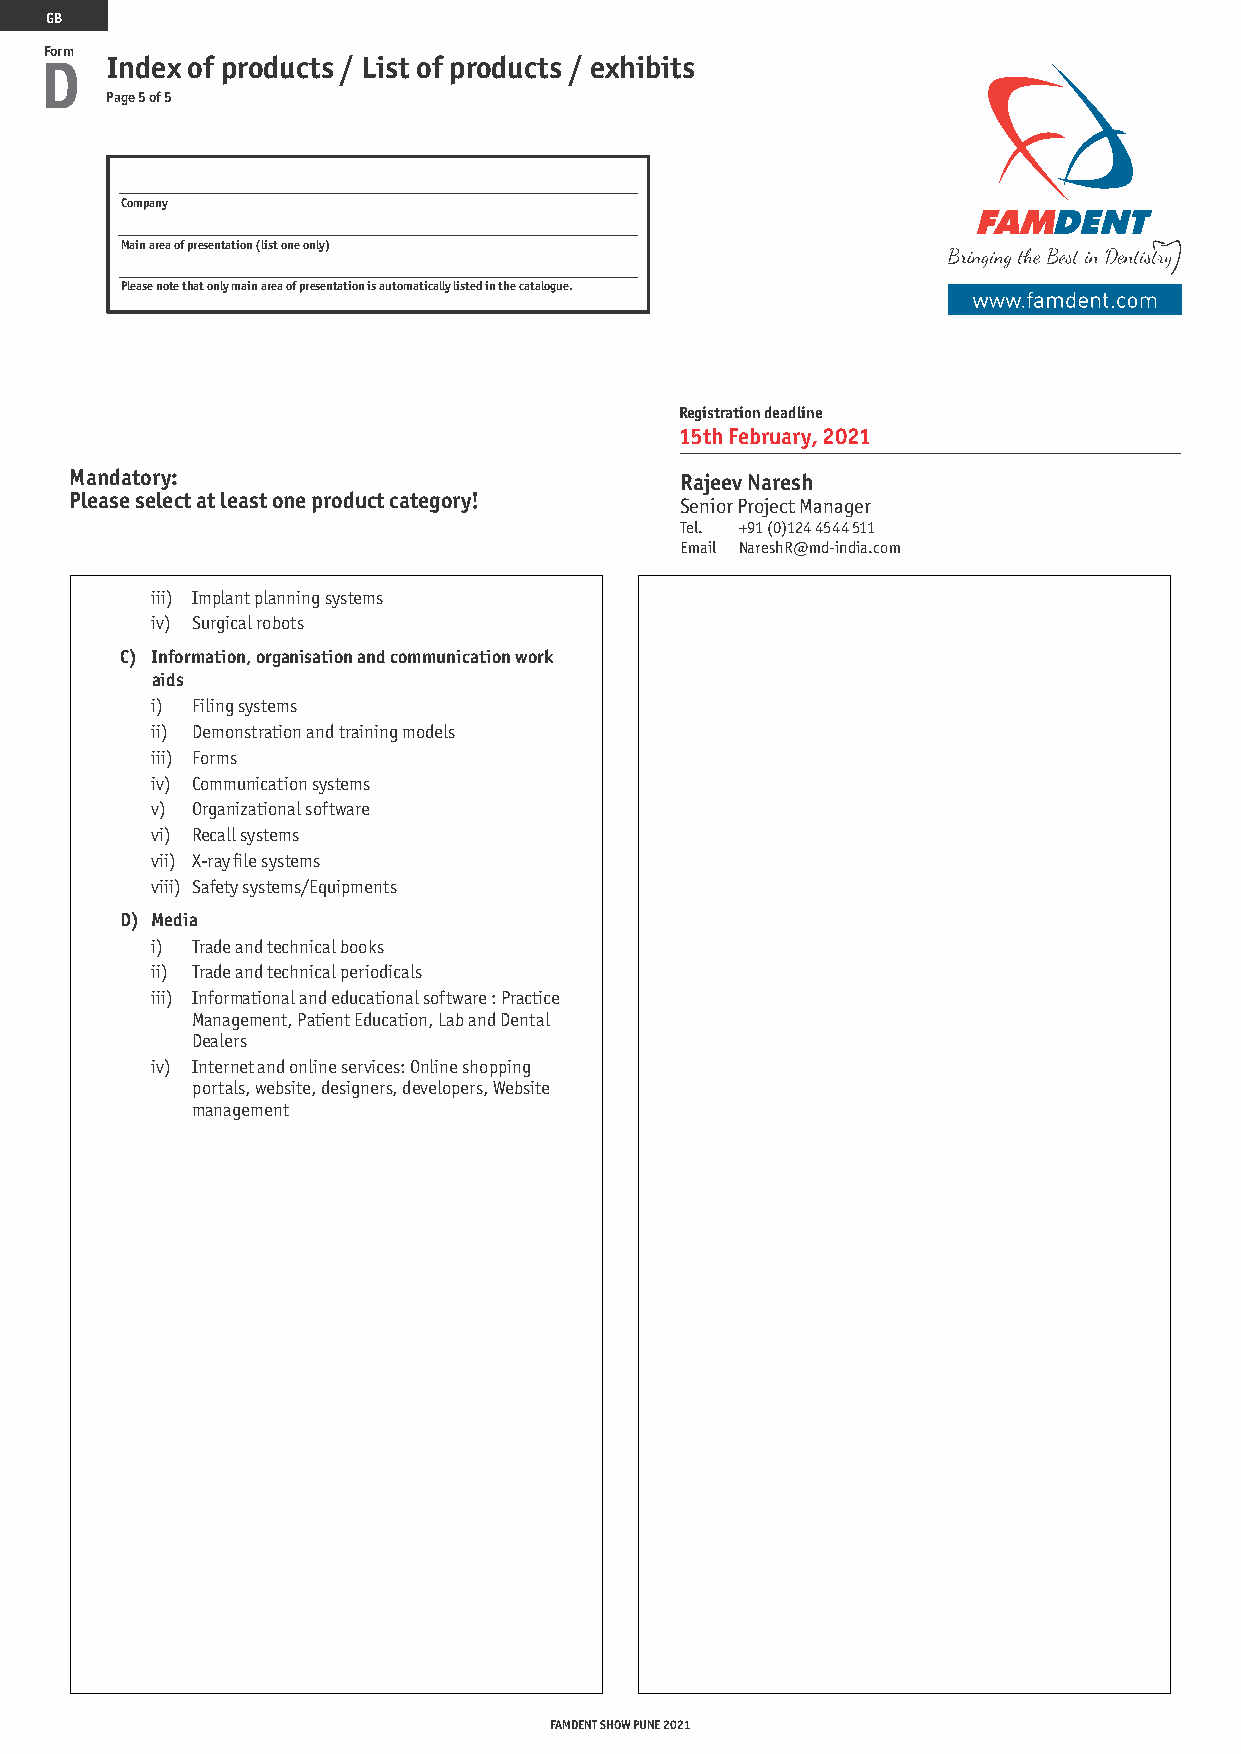
GB
 Form
 D   Index of products / List of products / exhibits
 Page 5 of 5
 Company
 Main area of presentation (list one only)
 Please note that only main area of presentation is automatically listed in the catalogue.
 Registration deadline
 15th February, 2021
 Mandatory:                              Rajeev Naresh
 Please select at least one product category!
 Senior Project Manager
 Tel. +91 (0)124 4544 511
 Email NareshR@md-india.com
 iii) Implant planning systems
 iv) Surgical robots
 C) Information, organisation and communication work
 aids
 i) Filing systems
 ii) Demonstration and training models
 iii) Forms
 iv) Communication systems
 v) Organizational software
 vi) Recall systems
 vii) X-ray file systems
 viii) Safety systems/Equipments
 D) Media
 i) Trade and technical books
 ii) Trade and technical periodicals
 iii) Informational and educational software : Practice
 Management, Patient Education, Lab and Dental
 Dealers
 iv) Internet and online services: Online shopping
 portals, website, designers, developers, Website
 management
 FAMDENT SHOW PUNE 2021